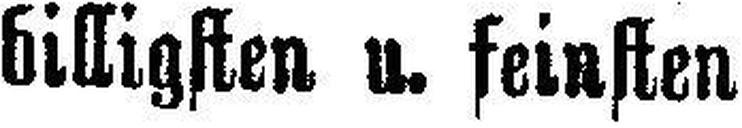
billigsten u. feinsten